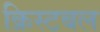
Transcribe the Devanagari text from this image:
क्रिस्टबल